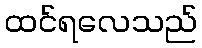
ထင်ရလေသည်